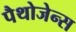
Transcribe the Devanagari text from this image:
पैथोजेन्स